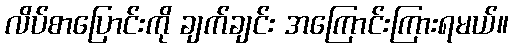
လိပ်စာပြောင်းကို ချက်ချင်း အကြောင်းကြားရမယ်။